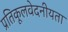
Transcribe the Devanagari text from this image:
प्रतिकूलवेदनीयता